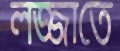
লজ্জাতে